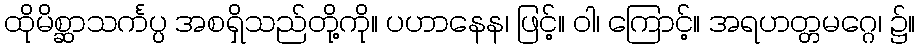
ထိုမိစ္ဆာသင်္ကပ္ပ အစရှိသည်တို့ကို။ ပဟာနေန၊ ဖြင့်။ ဝါ၊ ကြောင့်။ အရဟတ္တမဂ္ဂေ၊ ၌။